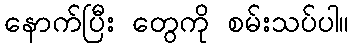
နောက်ပြီး တွေကို စမ်းသပ်ပါ။